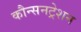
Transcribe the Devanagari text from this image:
कौन्सनट्रेशन